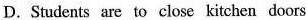
D.Students are to close kitchen doors